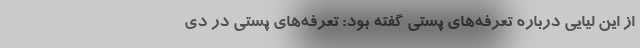
از این لیایی درباره تعرفه‌های پستی گفته بود: تعرفه‌های پستی در دی